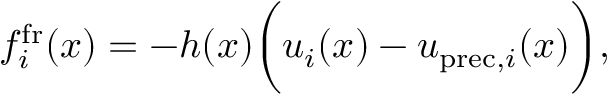
f _ { i } ^ { \mathrm { f r } } ( \boldsymbol { x } ) = - h ( x ) \biggl ( u _ { i } ( \boldsymbol { x } ) - u _ { \mathrm { p r e c } , i } ( \boldsymbol { x } ) \biggl ) ,